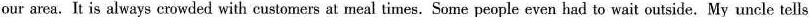
our area. It is always crowded with customers at meal times. Some people even had to wait outside. My uncle tells